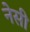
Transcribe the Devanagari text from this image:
नेसी